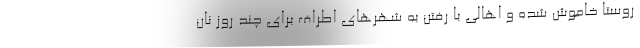
روستا خاموش شده و اهالی با رفتن به شهرهای اطراف برای چند روز نان